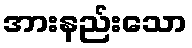
အားနည်းသော